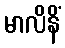
မာလိနိံ